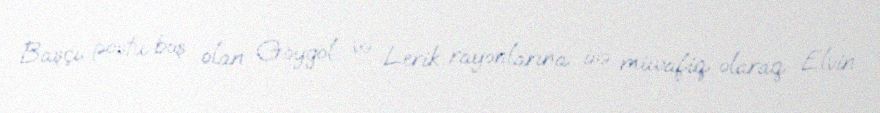
Başçı postu boş olan Göygöl və Lerik rayonlarına isə müvafiq olaraq Elvin